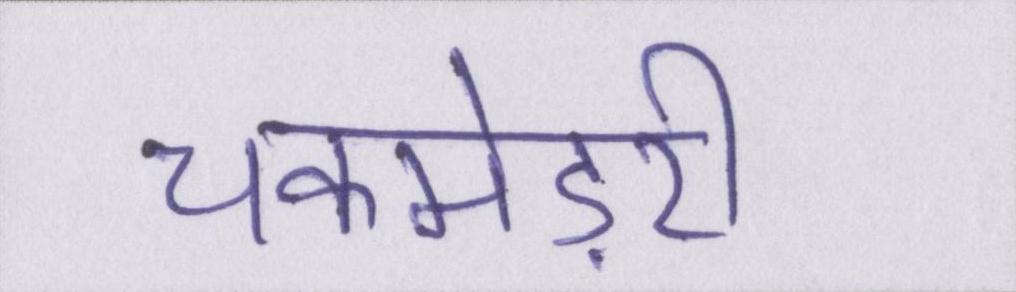
चकमेड़री